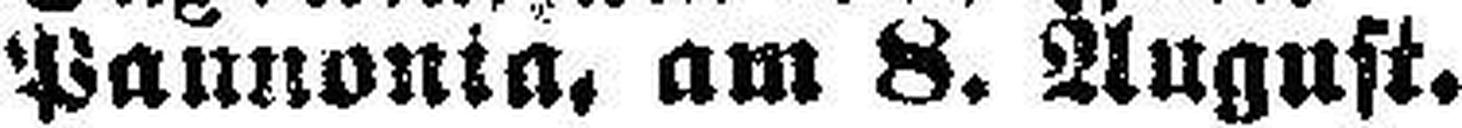
Pannonia, am 8. August.